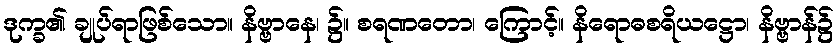
ဒုက္ခ၏ ချုပ်ရာဖြစ်သော။ နိဗ္ဗာနေ၊ ၌။ စရဏတော၊ ကြောင့်။ နိရောဓစရိယဋ္ဌော၊ နိဗ္ဗာန်၌